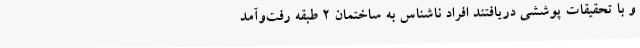
و با تحقیقات پوششی دریافتند افراد ناشناس به ساختمان 2 طبقه رفت‌وآمد